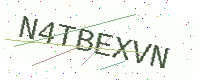
Text: N4TBEXVN